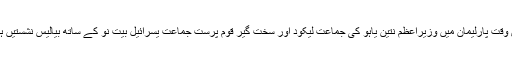
اس وقت پارلیمان میں وزیراعظم نتین یاہو کی جماعت لیکود اور سخت گیر قوم پرست جماعت یسرائیل بیتِ نو کے ساتھ بیالیس نشستیں ہیں۔